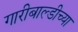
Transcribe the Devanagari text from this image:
गारीबाल्डीच्या